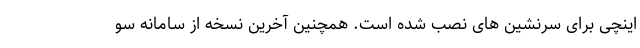
اینچی برای سرنشین های نصب شده است. همچنین آخرین نسخه از سامانه سو